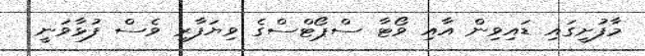
މާފުށީގައި ޑައިވިން އާއި ވޯޓާ ސްޕޯޓްސްގެ ވިޔަފާރި ވެސް ފުޅާވަނީ